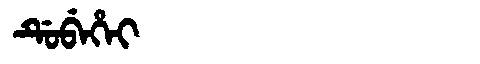
Manchu: ᡩᡠᠪᡝᡥᡝᡳ
Romanization: DUBEHEI